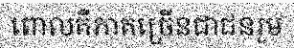
ពោលគឺភាគច្រើនជាជនរួម